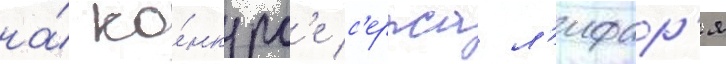
на́ ко́нкурс'е с'ержа л'ифар'я